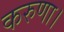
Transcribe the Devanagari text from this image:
करुणा।